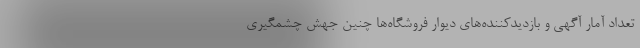
تعداد آمار آگهی و بازدیدکننده‌های دیوار فروشگاه‌ها چنین جهش چشمگیری